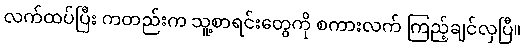
လက်ထပ်ပြီး ကတည်းက သူ့စာရင်းတွေကို စကားလက် ကြည့်ချင်လှပြီ။